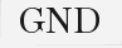
GND